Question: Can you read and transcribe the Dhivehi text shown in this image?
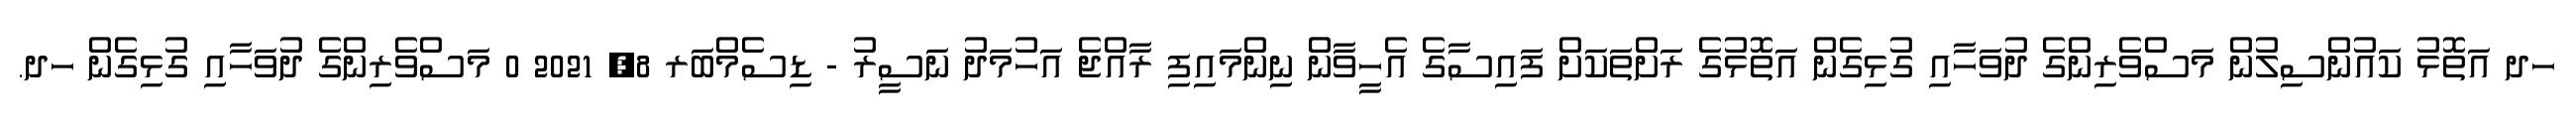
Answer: ހދ އަތޮޅު ކައުންސިލުން މަސްވެރިންގެ ދުވަހާއި ގުޅިގެން އަތޮޅުގެ ރަށްތަކަށް ފައިސާގެ އެހީވާން ނިންމައިފި ރާއްޖެ އަހުމަދު ނަސީރު - ޑިސެމްބަރ 8, 2021 0 މަސްވެރިންގެ ދުވަހާއި ގުޅިގެން ހދ.